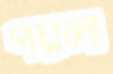
পয়লা